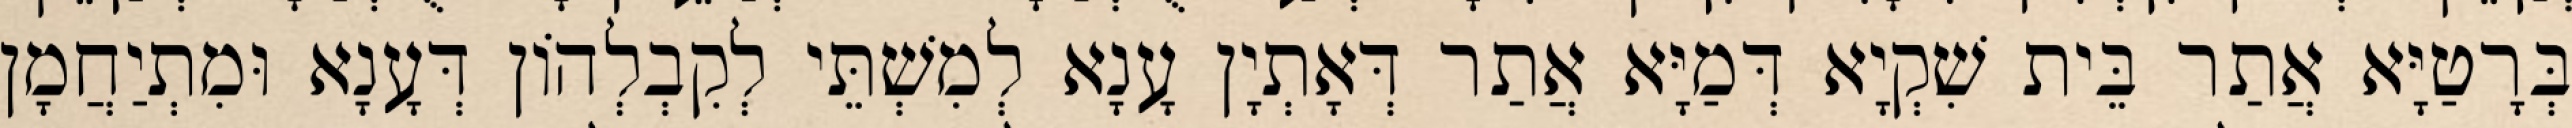
בְּרָטַיָּא אֲתַר בֵּית שִׁקְיָא דְּמַיָּא אֲתַר דְּאָתְיָן עָנָא לְמִשְׁתֵּי לְקִבְלְהוֹן דְּעָנָא וּמִתְיַחֲמָן